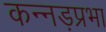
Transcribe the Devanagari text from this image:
कन्नड़प्रभा